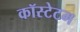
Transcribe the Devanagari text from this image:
कॉस्टेटम